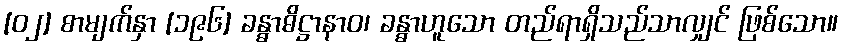
[၀၂] စာမျက်နှာ [၁၉၆] ခန္ဓာဓိဋ္ဌာနာဝ၊ ခန္ဓာဟူသော တည်ရာရှိသည်သာလျှင် ဖြစ်သော။